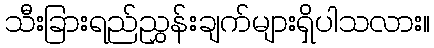
သီးခြားရည်ညွှန်းချက်များရှိပါသလား။